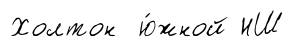
Холтон ю́жной НШ